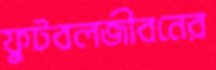
ফুটবলজীবনের